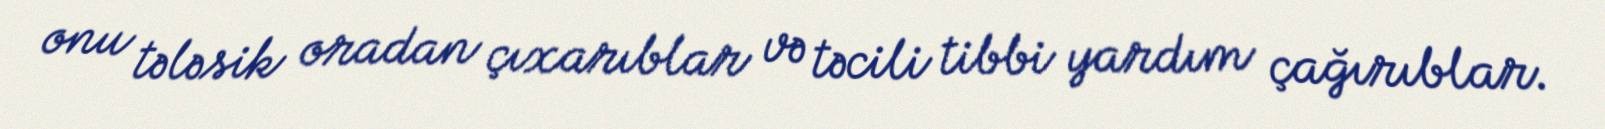
onu tələsik oradan çıxarıblar və təcili tibbi yardım çağırıblar.